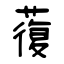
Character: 蕧